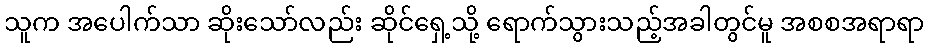
သူက အပေါက်သာ ဆိုးသော်လည်း ဆိုင်ရှေ့သို့ ရောက်သွားသည့်အခါတွင်မူ အစစအရာရာ